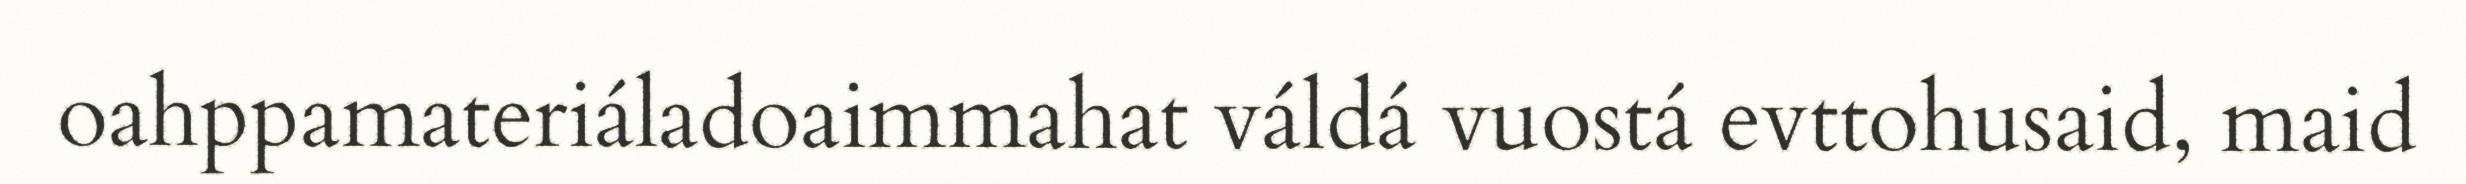
oahppamateriáladoaimmahat váldá vuostá evttohusaid, maid